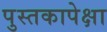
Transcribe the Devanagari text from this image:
पुस्तकापेक्षा